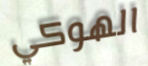
الهوكي